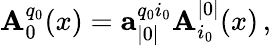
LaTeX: \mathbf{A}_{0}^{q_{0}}(x)=\mathbf{{a}}_{|0|}^{q_{0}i_{0}}\mathbf{A}_{i_{0}}^{|0|}(x)\, ,